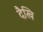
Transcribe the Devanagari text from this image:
दैखि